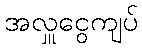
အလှူငွေကျပ်